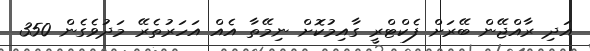
އަދި ރާއްޖޭން ބޭރަށް ފެކްޓްރީ ގާއިމުކޮށް ނިމޭތާ އެއް އަހަރުތެރޭ މަދުވެގެން 350